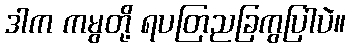
ဒါက ကမွတို့ ရပတြညခြကွပြါပဲ။